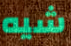
شيه